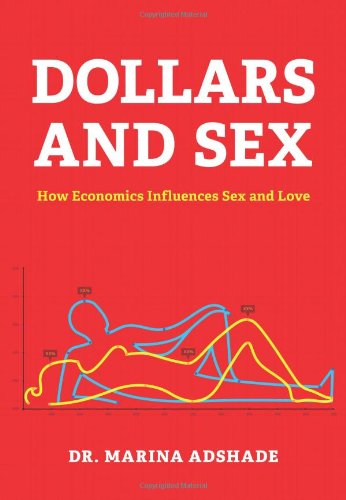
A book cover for Dollars and Sex: How Economics Influences Sex and Love; Marina Adshade; Self-Help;